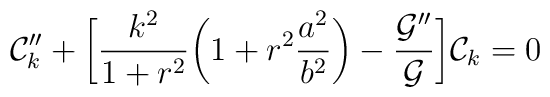
{\cal C}_{k}'' +\biggl[ \frac{k^2}{1 + r^2} \biggl( 1 + r^2 \frac{a^2}{b^2} \biggr)-\frac{{\cal G}''}{{\cal G}}\biggr] {\cal C}_{k} = 0